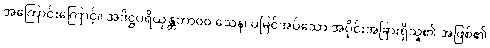
အကြောင်းကြောင့်။ အဒိဋ္ဌပရိယုန္တဘာ၀၀ သေန၊ မမြင်အပ်သော အပိုင်းအခြားရှိသူ၏ အဖြစ်၏